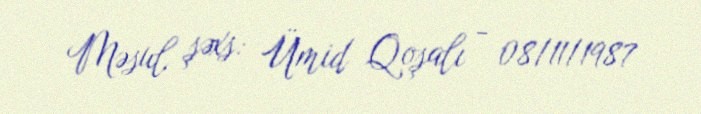
Məsul şəxs: Ümid Qoşalı - 08/11/1987